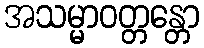
အသမ္မာဝတ္တန္တော